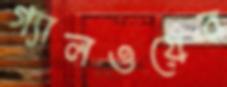
গ্যালওয়ের